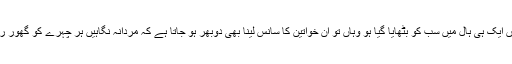
اور پھر جہاں ایک ہی ہال میں سب کو بٹھایا گیا ہو وہاں تو ان خواتین کا سانس لینا بھی دوبھر ہو جاتا ہے کہ مردانہ نگاہیں ہر چہرے کو گھور رہی‌ہوتی ہیں۔